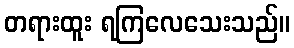
တရားထူး ရကြလေသေးသည်။